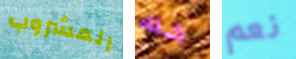
المشروب شفاه نعم